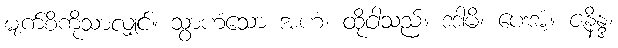
မျက်စိကိုသာလျှင်။ သွာဟံသော အဟံ၊ ထိုငါသည်။ ဒဒါမိ၊ ပေးအံ့။ ဇနိန္ဒ၊